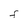
Character: F